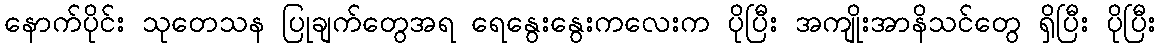
နောက်ပိုင်း သုတေသန ပြုချက်တွေအရ ရေနွေးနွေးကလေးက ပိုပြီး အကျိုးအာနိသင်တွေ ရှိပြီး ပိုပြီး